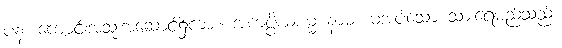
ပန၊ ကျောင်းအသုံးအဆောင်၌ကား။ အကပ္ပိယစမ္မံ နာမ၊ မအပ်သော သားရေမည်သည်။